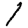
Digit: 1